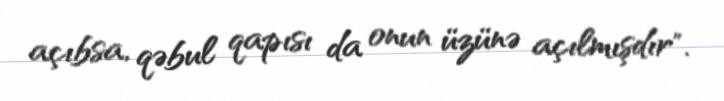
açıbsa, qəbul qapısı da onun üzünə açılmışdır".